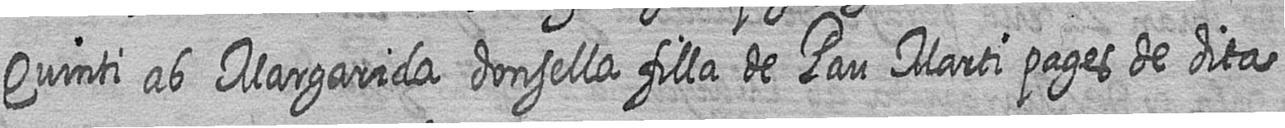
Quinti ab Margarida donsella filla de Pau Marti pages de dita